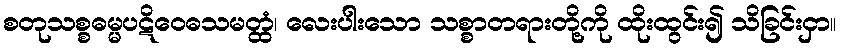
စတုသစ္စဓမ္မပဋိဝေဓသမတ္ထံ၊ လေးပါးသော သစ္စာတရားတို့ကို ထိုးထွင်း၍ သိခြင်းငှာ။